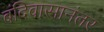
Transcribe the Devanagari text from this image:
बंदिवासानंतर